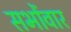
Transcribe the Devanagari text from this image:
सभोंवार